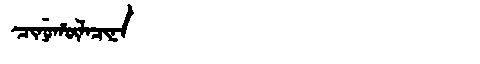
Manchu: ᠴᡳᠨᡠᡥᡡᠯᠠᠴᡳᠨᠠ
Romanization: CINUHŪLACINA